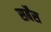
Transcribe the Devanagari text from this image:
सर्बेंस